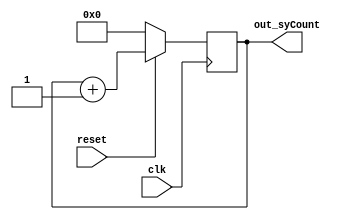
module sycounter(clk,reset,out_syCount);
input clk, reset;
output [3:0]out_syCount;
reg [3:0]q;
always@(posedge clk)
        begin
       	 if (~reset)
                q <= 4'b0000;
       	 else
                q <= q + 4'b0001;
        	end
assign  out_syCount= q ;
endmodule